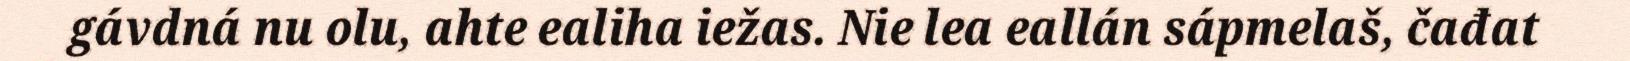
gávdná nu olu, ahte ealiha iežas. Nie lea eallán sápmelaš, čađat